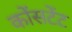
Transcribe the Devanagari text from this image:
कोंसटेंट